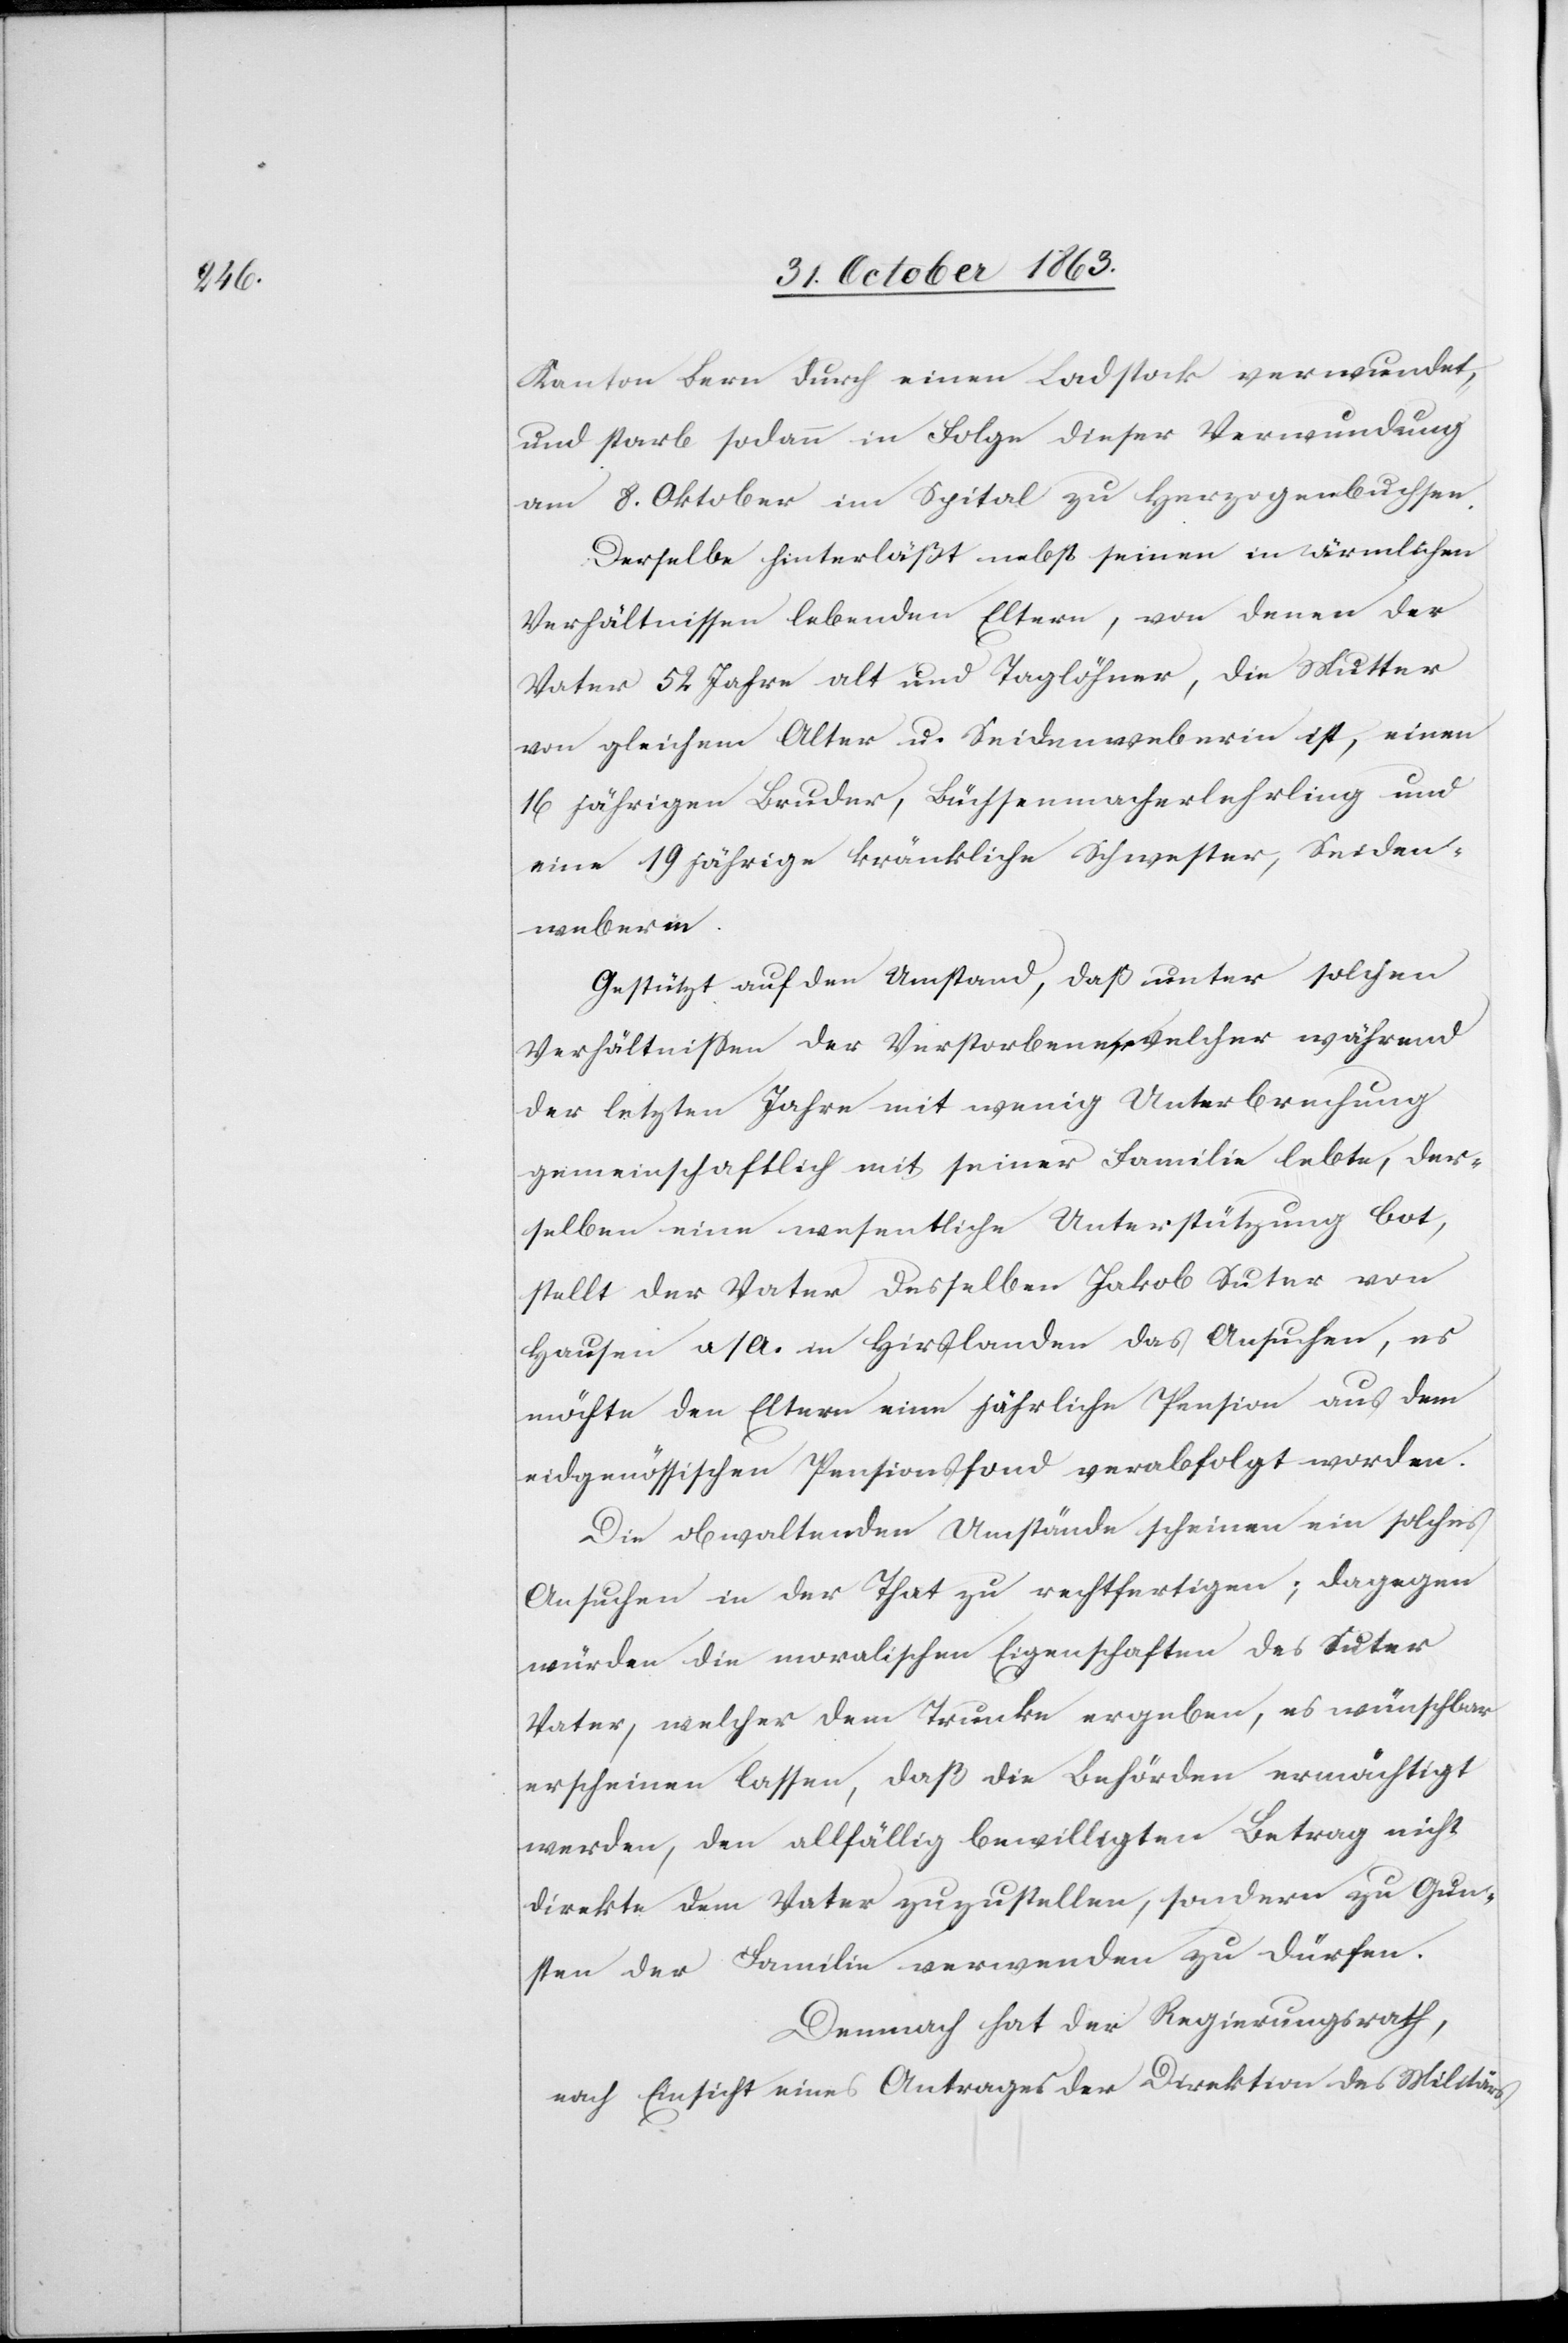
Kanton Bern durch einen Ladstock verwundet,
und starb sodann in Folge dieser Verwundung
am 8. Oktober im Spital zu Herzogenbuchsee.
Derselbe hinterläßt nebst seinen in ärmlichen
Verhältnissen lebenden Eltern, von denen der
Vater 52 Jahre alt und Taglöhner, die Mutter
von gleichem Alter u. Seidenweberin ist, einen
16 jährigen Bruder, Büchsenmacherlehrling und
eine 19 jährige kränkliche Schwester, Seiden¬
weberin.
Gestützt auf den Umstand, daß unter solchen
Verhältnissen der Verstorbene, welcher während
der letzten Jahre mit wenig Unterbrechung
gemeinschaftlich mit seiner Familie lebte, der¬
selben eine wesentliche Unterstützung bot,
stellt der Vater desselben Jakob Suter von
Hausen a/A. in Hirslanden das Ansuchen, es
möchte den Eltern eine jährliche Pension aus dem
eidgenössischen Pensionsfond verabfolgt worden.
Die obwaltenden Umstände scheinen ein solches
Ansuchen in der That zu rechtfertigen; dagegen
würden die moralischen Eigenschaften des Suter
Vater, welcher dem Trunke ergeben, es wünschbar
erscheinen lassen, daß die Behörden ermächtigt
werden, den allfällig bewilligten Betrag nicht
direkte dem Vater zuzustellen, sondern zu Gun¬
sten der Familie verwenden zu dürfen.
Demnach hat der Regierungsrath,
nach Einsicht eines Antrages der Direktion des Militärs